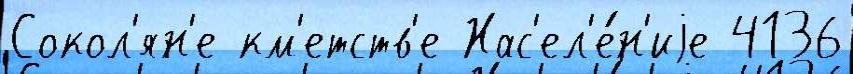
Сокол'ян'е км'етств'е Нас'ел'е́н'иjе 4136